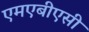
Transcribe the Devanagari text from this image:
एमएबीएसी